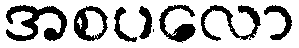
အစပလော